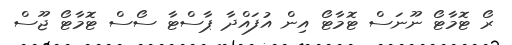
ރޯ ޓޮމާޓޯ ނޫނަސް ޓޮމާޓޯ އިން އުފައްދާ ޕާސްޓާ ސޯސް ޓޮމާޓޯ ޖޫސް